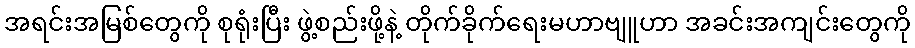
အရင်းအမြစ်တွေကို စုရုံးပြီး ဖွဲ့စည်းဖို့နဲ့ တိုက်ခိုက်ရေးမဟာဗျူဟာ အခင်းအကျင်းတွေကို